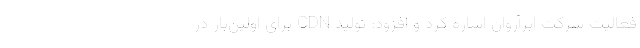
فعالیت شركت ابرآروان اشاره كرد و افزود: تولید CDN برای اولین‌بار در